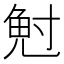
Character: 𭔷